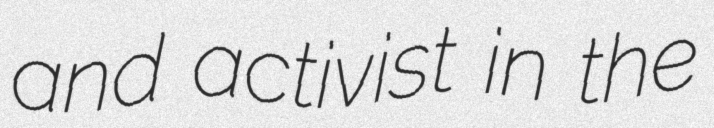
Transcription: and activist in the